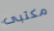
مكتبى